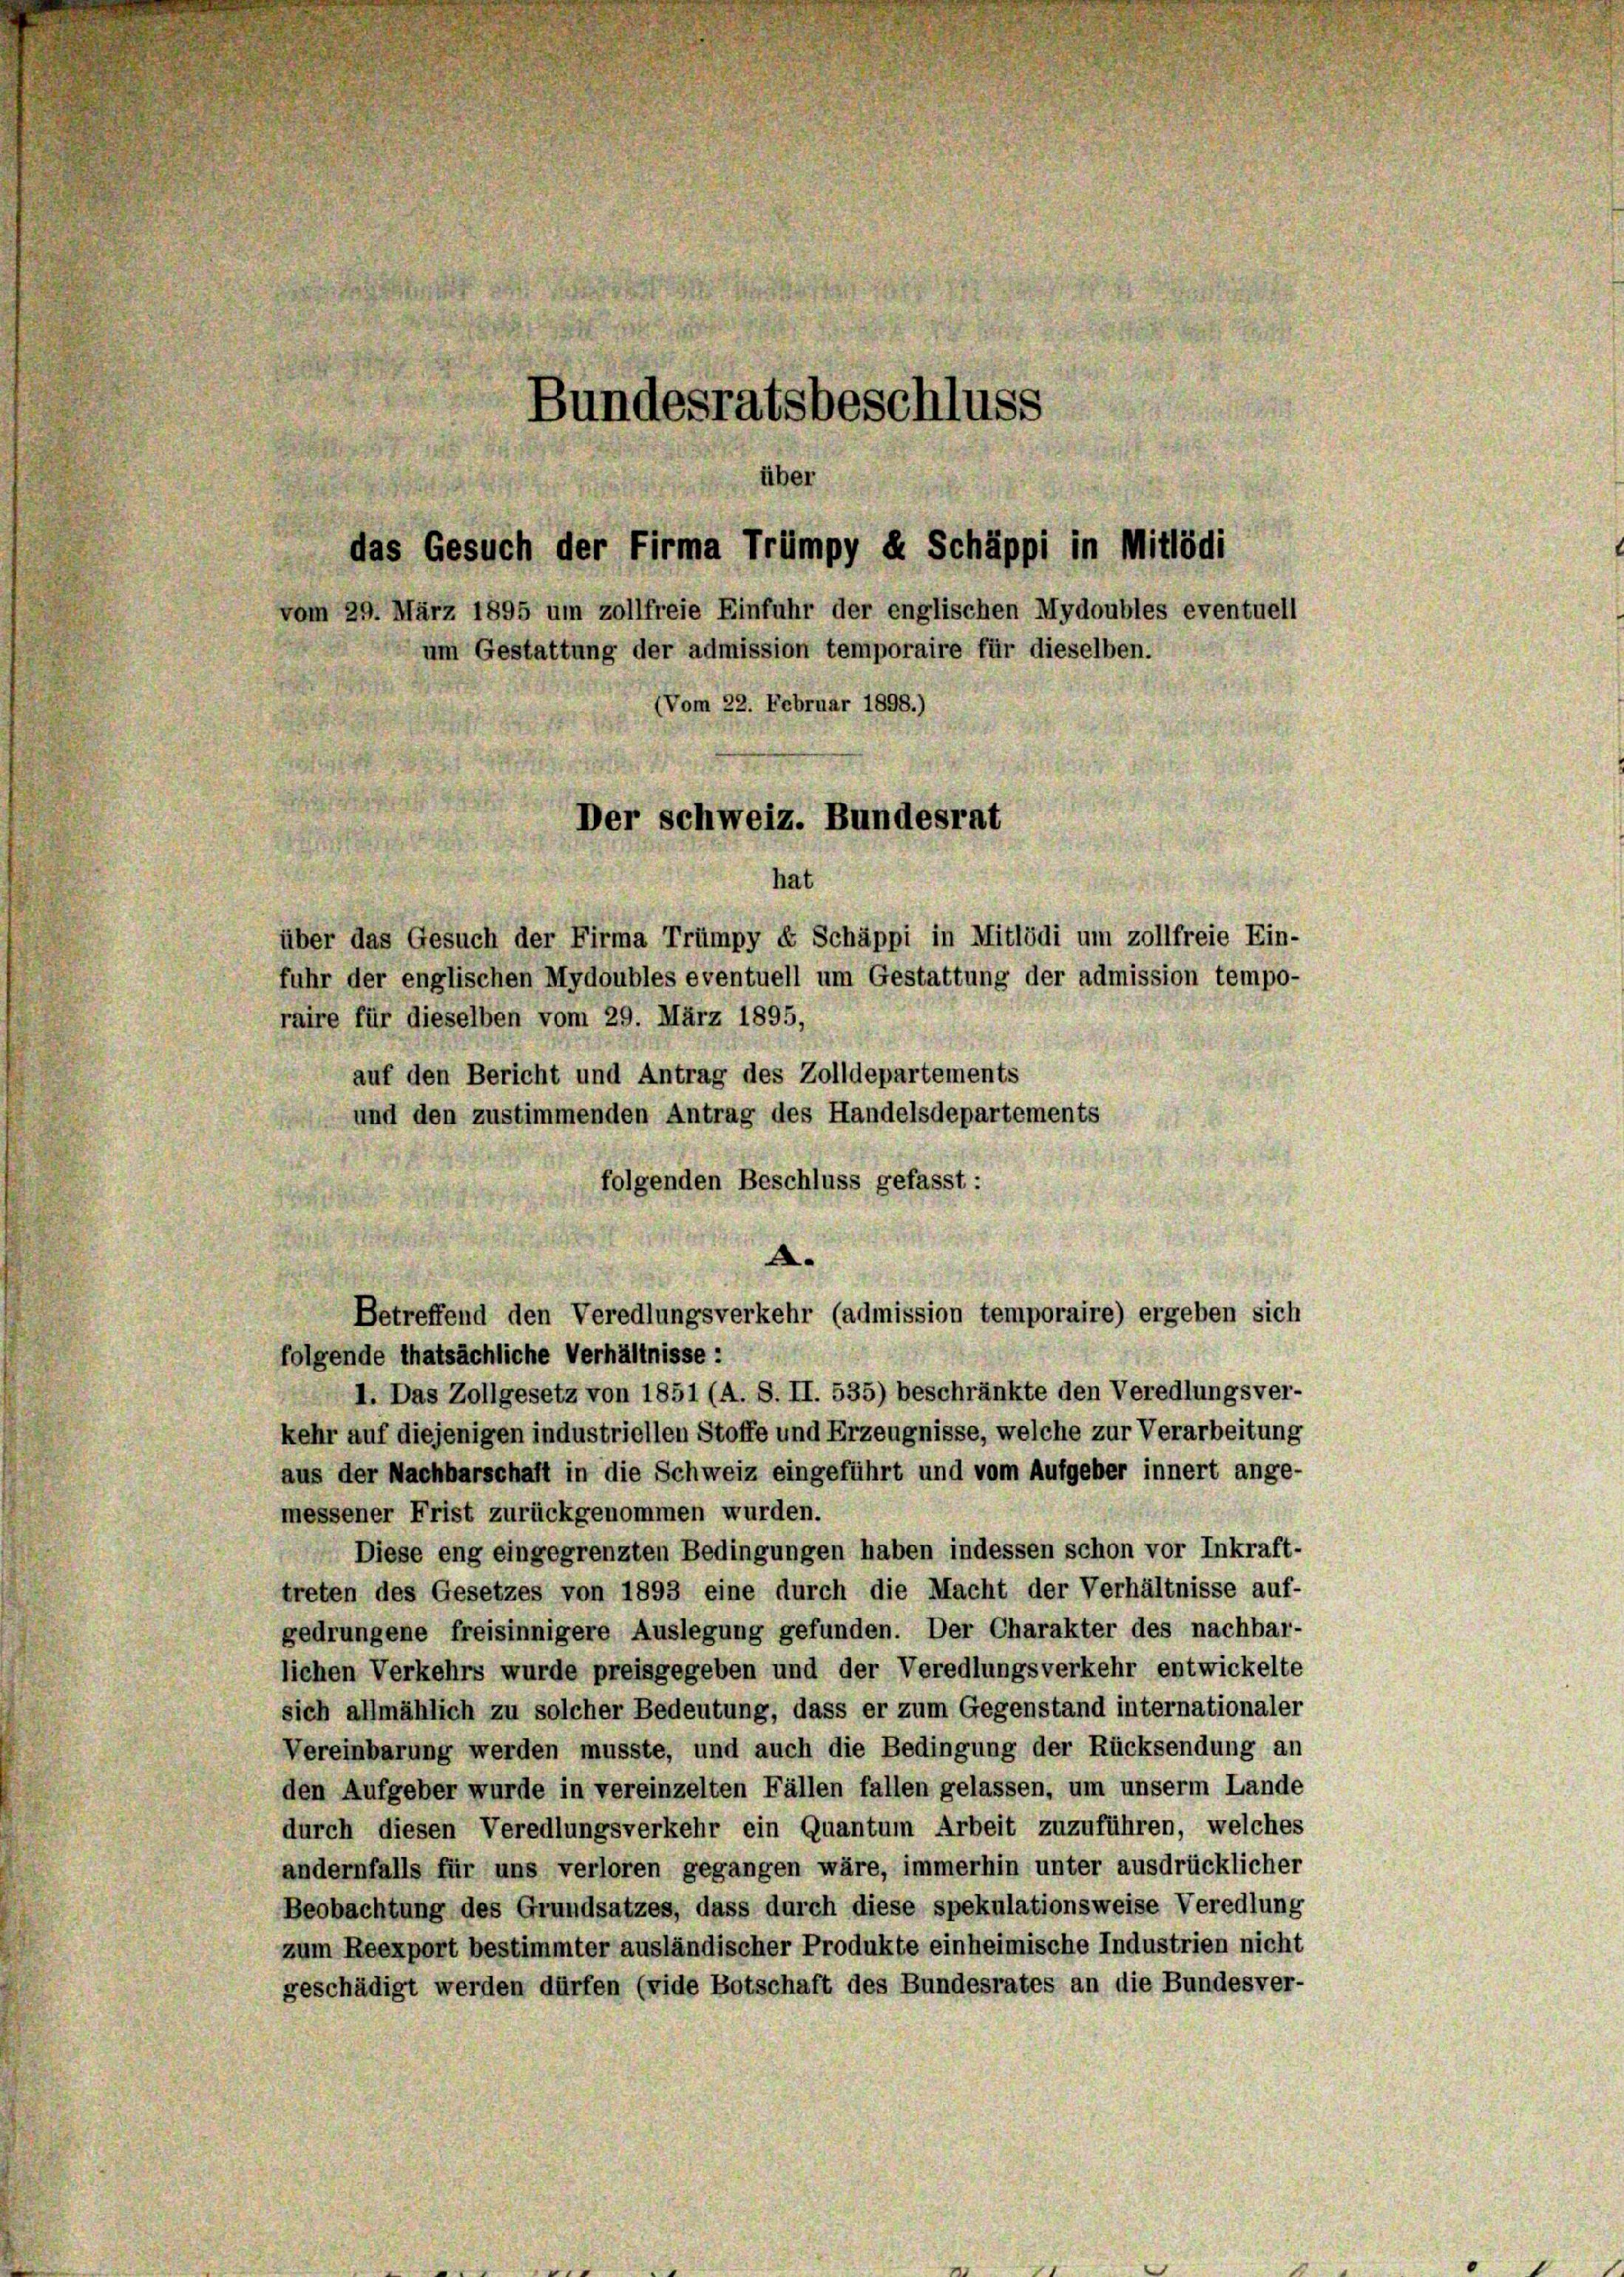
Bundesratsbeschluss
über
das Gesuch der Firma Trümpy d. Schäppi in Mitlödi
vom 29. März 1895 um zollfreie Einfuhr der englischen Mydoubles eventuell
um Gestattung der admission temporaire für dieselben.
(Vom 22. Februar 1898.)
Der Schweiz. Bundesrat

über das Gesuch der Firma Trümpy « Schäppi in Mitlödi um zollfreie Ein-
fuhr der englischen Mydoubles eventuell um Gestattung der admission tempo-
raire für dieselben vom 29. März 1895,
auf den Bericht und Antrag des Zolldepartements
und den zustimmenden Antrag des Handelsdepartements
folgenden Beschluss gefasst:
.
Betreffend den Veredlungsverkehr (admission temporaire) ergeben sich
folgende thatsächliche Verhältnisse:
I. Das Zollgesetz von 1851 (A. S. II. 535) beschränkte den Veredlungsver-
kehr auf diejenigen industriellen Stoffe und Erzeugnisse, welche zur Verarbeitung
aus der Nachbarschaft in die Schweiz eingeführt und vom Aufgeber innert ange-
messener Frist zurückgenommen wurden.
Diese eng eingegrenzten Bedingungen haben indessen schon vor Inkraft-
treten des Gesetzes von 1893 eine durch die Macht der Verhältnisse auf-
gedrungene freisinnigere Auslegung gefunden. Der Charakter des nachbar-
liehen Verkehrs wurde preisgegeben und der Veredlungsverkehr entwickelte
sich allmählich zu solcher Bedeutung, dass er zum Gegenstand internationaler
Vereinbarung werden musste, und auch die Bedingung der Rücksendung an
den Aufgeber wurde in vereinzelten Fällen fallen gelassen, um unserm Lande
durch diesen Veredlungsverkehr ein Quantum Arbeit zuzuführen, welches
andernfalls für uns verloren gegangen wäre, immerhin unter ausdrücklicher
Beobachtung des Grundsatzes, dass durch diese spekulationsweise Veredlung
zum Reexport bestimmter ausländischer Produkte einheimische Industrien nicht
geschädigt werden dürfen (vide Botschaft des Bundesrates an die Bundesver-

hat